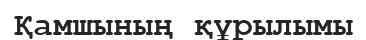
Қамшының құрылымы